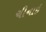
ચીનાઇ